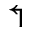
\Lsh